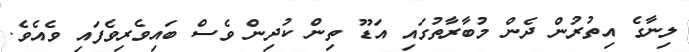
ލިނާގެ އިތުރުން ދެން މުބާރާތުގައި އަޑޫ ތިން ކުދިން ވެސް ބައިވެރިވެފައި ވެއެވެ.